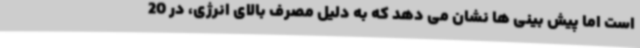
است اما پیش بینی ها نشان می دهد که به دلیل مصرف بالای انرژی، در 20